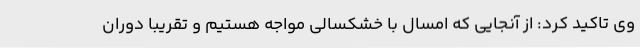
وی تاکید کرد: از آنجایی که امسال با خشکسالی مواجه هستیم و تقریبا دوران